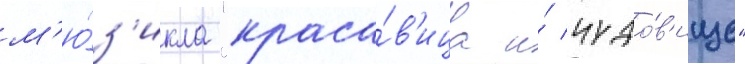
м'ю́з'икла "краса́в'ица и́ чудо́в'ище"